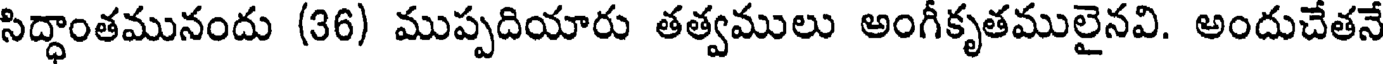
సిద్ధాంతమునందు (36) ముప్పదియారు తత్వములు అంగీకృతములైనవి. అందుచేతనే